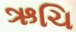
ઋચિ